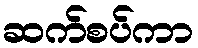
ဆက်စပ်ကာ